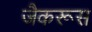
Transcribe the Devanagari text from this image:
जैकरूस